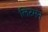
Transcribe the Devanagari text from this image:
लिटमन